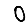
Digit: 0